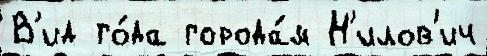
В'ид го́да города́м Н'илов'ич